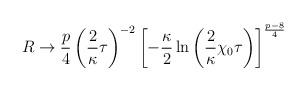
LaTeX: \begin{align*}R \rightarrow \frac{p}{4}\left(\frac{2}{\kappa}\tau\right)^{-2}\left[-\frac{\kappa}{2}\ln\left(\frac{2}{\kappa}\chi_0\tau\right)\right]^{\frac{p-8}{4}}\end{align*}